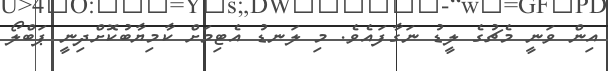
އިން ވަނީ މެޗުގެ ލީޑު ނަގާފައެވެ. މި ލަނޑު އެޓިމަށް ކާމިޔާބުކޮށްދިނީ ޕަބްލޯ